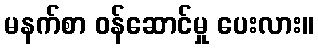
မနက်စာ ဝန်ဆောင်မှု ပေးလား။